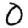
Digit: 0